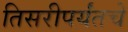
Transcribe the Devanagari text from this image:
तिसरीपर्यंतचे